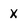
Character: X